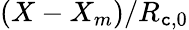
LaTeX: (X-{X_{m}})/{R_{\mathtt{c},0}}